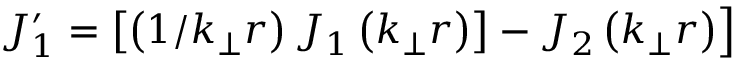
\left. J _ { 1 } ^ { \prime } = \left[ \left( 1 / k _ { \perp } r \right) J _ { 1 } \left( k _ { \perp } r \right) \right] - J _ { 2 } \left( k _ { \perp } r \right) \right]